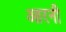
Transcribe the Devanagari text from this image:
आरनी